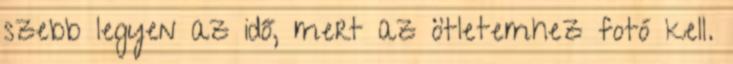
szebb legyen az idő, mert az ötletemhez fotó kell.